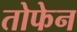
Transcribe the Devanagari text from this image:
तोफेन